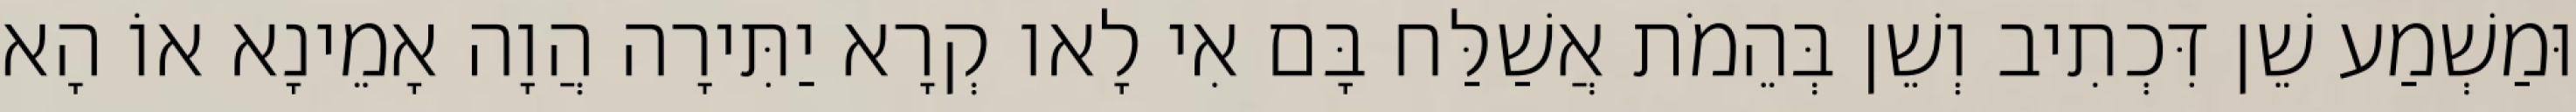
וּמַשְׁמַע שֵׁן דִּכְתִיב וְשֵׁן בְּהֵמֹת אֲשַׁלַּח בָּם אִי לָאו קְרָא יַתִּירָה הֲוָה אָמֵינָא אוֹ הָא